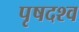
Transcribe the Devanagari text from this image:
पृषदश्व